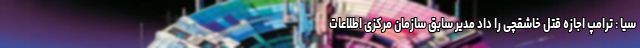
سیا : ترامپ اجازه قتل خاشقچی را داد مدیر سابق سازمان مرکزی اطلاعات